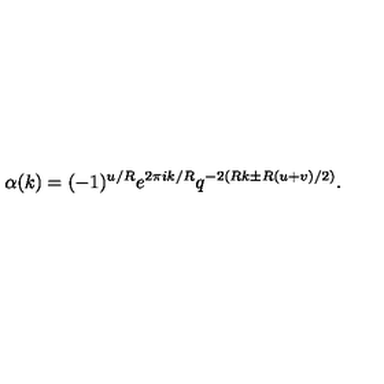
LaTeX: \alpha ( k ) = ( - 1 ) ^ { u / R } e ^ { 2 \pi i k / R } q ^ { - 2 ( R k \pm R ( u + v ) / 2 ) } .